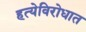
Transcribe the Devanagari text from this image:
हत्येविरोधात